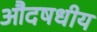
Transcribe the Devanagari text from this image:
औदषधीय